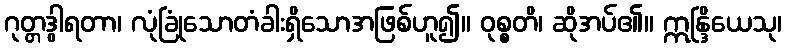
ဂုတ္တဒွါရတာ၊ လုံခြုံသောတံခါးရှိသောအဖြစ်ဟူ၍။ ဝုစ္စတိ၊ ဆိုအပ်၏။ ဣန္ဒြိယေသု၊